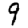
Digit: 9